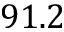
9 1 . 2